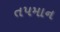
તપમાન